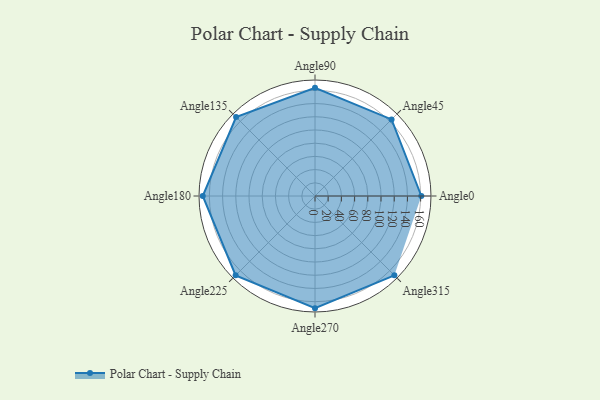
{"axis": {"x": "Angle", "y": "Radius"}, "legend": [""], "data": [{"x": "Angle0", "y": 161.0, "type": ""}, {"x": "Angle45", "y": 164.0, "type": ""}, {"x": "Angle90", "y": 164.0, "type": ""}, {"x": "Angle135", "y": 169.0, "type": ""}, {"x": "Angle180", "y": 170, "type": ""}, {"x": "Angle225", "y": 170, "type": ""}, {"x": "Angle270", "y": 170, "type": ""}, {"x": "Angle315", "y": 170, "type": ""}]}